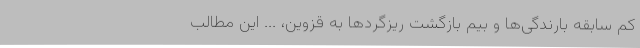
کم سابقه بارندگی‌ها و بیم بازگشت ریزگردها به قزوین، ... این مطالب